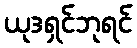
ယုဒရှင်ဘုရင်